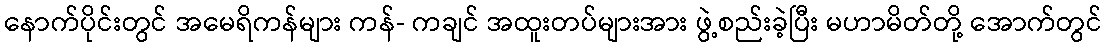
နောက်ပိုင်းတွင် အမေရိကန်များ ကန်- ကချင် အထူးတပ်များအား ဖွဲ့စည်းခဲ့ပြီး မဟာမိတ်တို့ အောက်တွင်